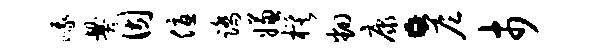
峨爨因优踏嫌模翻康。答市